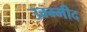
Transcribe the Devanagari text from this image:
उम्म्मीद